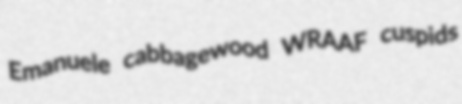
Emanuele cabbagewood WRAAF cuspids